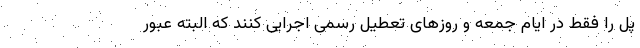
پل را فقط در ایام جمعه و روزهای تعطیل رسمی اجرایی کنند که البته عبورِ